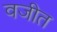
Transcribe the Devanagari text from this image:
वजीत